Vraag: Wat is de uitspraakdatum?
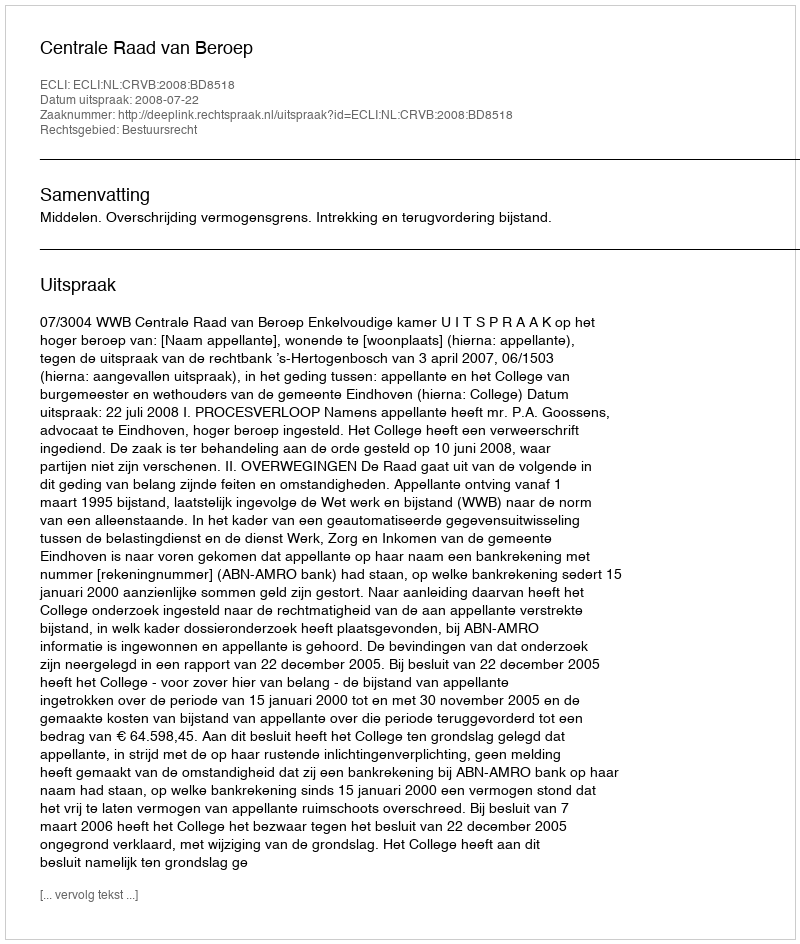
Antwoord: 2008-07-22